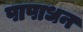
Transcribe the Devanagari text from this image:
पापाधन